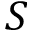
S